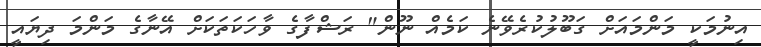
އިނުމަކީ މަންމައަށް ގަބޫލުކުރެވޭނެ ކަމެއް ނޫން" ރަޝްފާގެ ވާހަކަތަކަށް އޭނާގެ މަންމަ ދިޔައީ